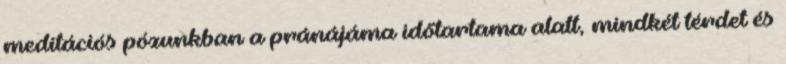
meditációs pózunkban a pránájáma időtartama alatt, mindkét térdet és